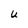
Character: U